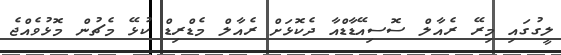
ލީގުގައި މިރޭ ރެއާލް ސޮސިއޭޑާޑްއާ ދެކޮޅަށް ރެއާލް މެޑްރިޑް ކުޅޭ މެޗުން މޮޅުވެއްޖެ